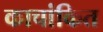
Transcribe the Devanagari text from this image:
काचांकित